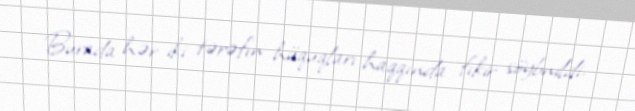
Burada hər iki tərəfın hüquqları haqqında fıkir söybnildi.